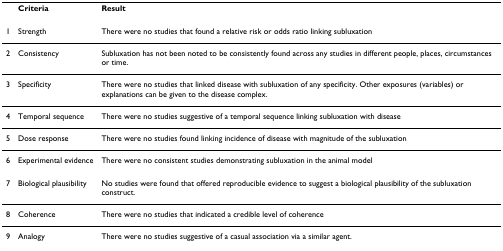
<table><thead><tr><td></td><td><b>Criteria</b></td><td><b>Result</b></td></tr></thead><tbody><tr><td>1</td><td>Strength</td><td>There were no studies that found a relative risk or odds ratio linking subluxation</td></tr><tr><td>2</td><td>Consistency</td><td>Subluxation has not been noted to be consistently found across any studies in different people, places, circumstances or time.</td></tr><tr><td>3</td><td>Specificity</td><td>There were no studies that linked disease with subluxation of any specificity. Other exposures (variables) or explanations can be given to the disease complex.</td></tr><tr><td>4</td><td>Temporal sequence</td><td>There were no studies suggestive of a temporal sequence linking subluxation with disease</td></tr><tr><td>5</td><td>Dose response</td><td>There were no studies found linking incidence of disease with magnitude of the subluxation</td></tr><tr><td>6</td><td>Experimental evidence</td><td>There were no consistent studies demonstrating subluxation in the animal model</td></tr><tr><td>7</td><td>Biological plausibility</td><td>No studies were found that offered reproducible evidence to suggest a biological plausibility of the subluxation construct.</td></tr><tr><td>8</td><td>Coherence</td><td>There were no studies that indicated a credible level of coherence</td></tr><tr><td>9</td><td>Analogy</td><td>There were no studies suggestive of a casual association via a similar agent.</td></tr></tbody></table>